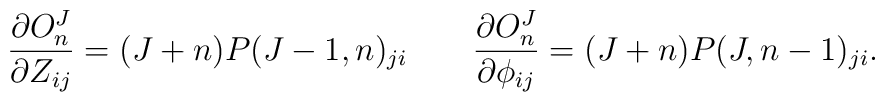
{\partial O^J_{n}\over \partial Z_{ij}}=(J+n)P(J-1,n)_{ji}\qquad {\partial O^J_{n}\over \partial \phi_{ij}}=(J+n)P(J,n-1)_{ji}.